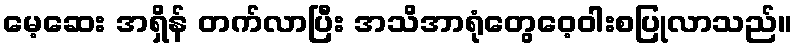
မေ့ဆေး အရှိန် တက်လာပြီး အသိအာရုံတွေဝေ့ဝါးစပြုလာသည်။